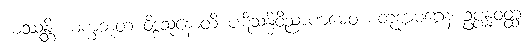
ယဿန္တိ ယက္ခဘူတံ ဝိဒ္ဒသုနောတိ ပဋိသန္ဓိဝိညာဏမေဝ စတုက္ကမဂ္ဂေန ဥပ္ပန္နဝတ္ထံ